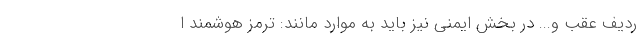
ردیف عقب و... در بخش ایمنی نیز باید به موارد مانند: ترمز هوشمند ا